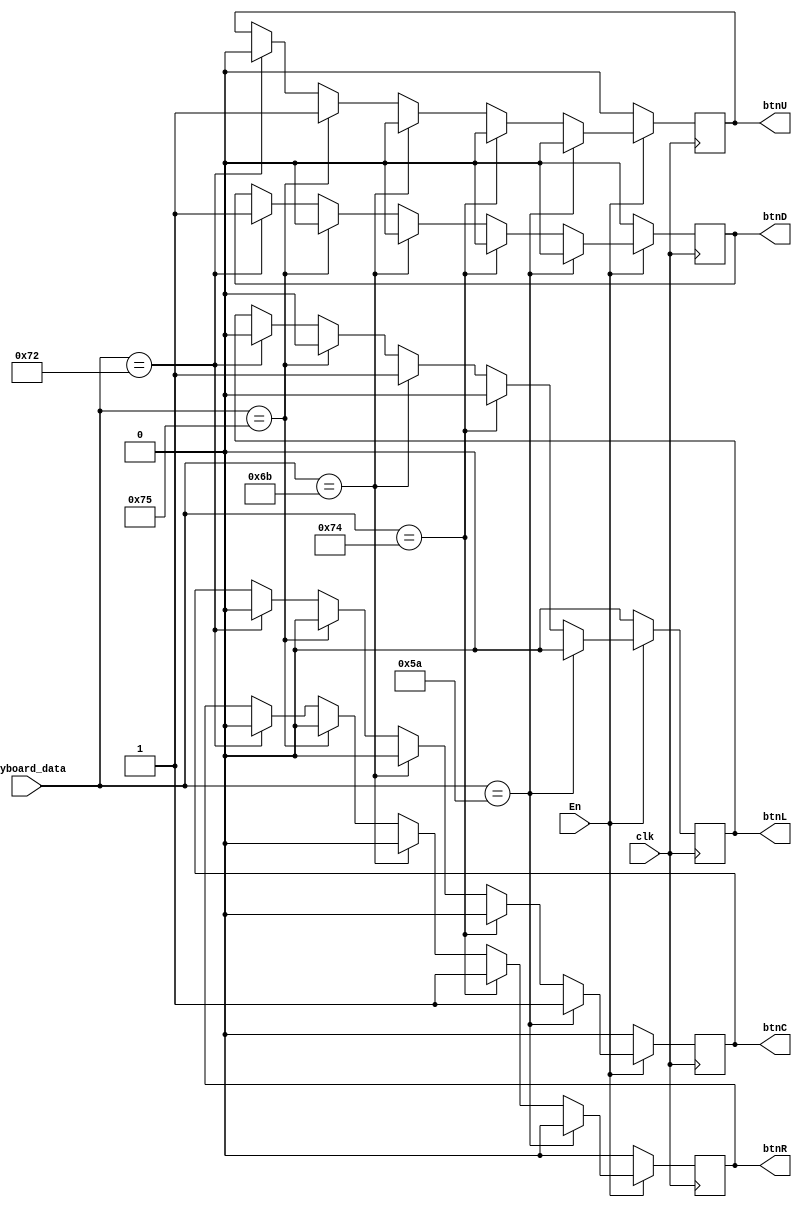
`timescale 1ns / 1ps
//////////////////////////////////////////////////////////////////////////////////
// Company: California State Polytechnic University, Pomona
// 
// Design Name: 
// Module Name: btn_cntrl
// Project Name: TicTacToe
// Target Devices: Nexys Artix-7
// Tool Versions: 
// Description:
// 
// Dependencies: 
// 
// Revision:
// Revision 0.01 - File Created
// Additional Comments:
// 
//////////////////////////////////////////////////////////////////////////////////






module btn_cntrl(
    input En,
    input clk,
    input [7:0] keyboard_data,
    output reg btnC, btnR, btnL, btnU, btnD
    );
    //posedge clk originally with all nonblocking
    always@(posedge clk)begin
        if(~En)
            begin
            btnC <= 0;
            btnR <= 0;
            btnL <= 0;
            btnU <= 0;
            btnD <= 0;
            end
        else begin    
        if(keyboard_data == 8'b0101_1010)
            begin
                btnC <= 1;
                btnR <= 0;
                btnL <= 0;
                btnU <= 0;
                btnD <= 0;
            end
        else if(keyboard_data == 8'b0111_0100)
            begin
                btnC <= 0;
                btnR <= 1;
                btnL <= 0;
                btnU <= 0;
                btnD <= 0;
            end
        else if(keyboard_data == 8'b0110_1011)
            begin
                btnC <= 0;
                btnR <= 0;
                btnL <= 1;
                btnU <= 0;
                btnD <= 0;
            end
        else if(keyboard_data == 8'b0111_0101)
            begin
                btnC <= 0;
                btnR <= 0;
                btnL <= 0;
                btnU <= 1;
                btnD <= 0;
            end
        else if(keyboard_data == 8'b0111_0010)
            begin
                btnC <= 0;
                btnR <= 0;
                btnL <= 0;
                btnU <= 0;
                btnD <= 1;
            end
        end
    end
    
endmodule